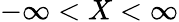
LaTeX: -\infty<X<\infty